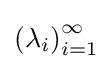
\left(\lambda _{i}\right)_{i=1}^{\infty }